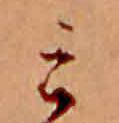
み